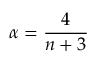
\alpha = \frac { 4 } { n + 3 }